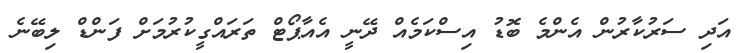
އަދި ސަރުކާރުން އެންމެ ބޮޑު އިސްކަމެއް ދޭނީ އެއާޕޯޓް ތަރައްގީކުރުމަށް ފަންޑް ލިބޭނެ